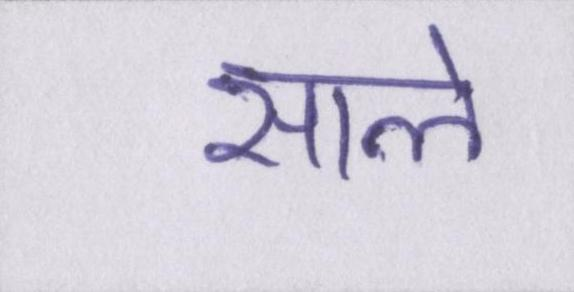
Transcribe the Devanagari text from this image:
साले